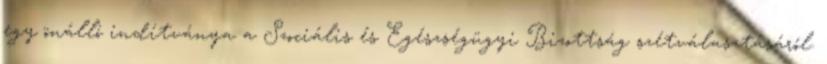
egy önálló indítványa a Szociális és Egészségügyi Bizottság szétválasztásáról.